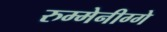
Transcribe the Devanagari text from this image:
रुम्मेनीग्गे